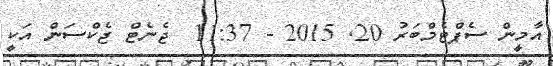
އާމީން ސެޕްޓެމްބަރު 20